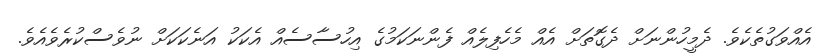
އެއްވަގުތެކެވެ. ދެމީހުންނަށް ދެގޮތަށް އެއް މެހެފިލެއް ފެންނަކަމުގެ އިހުސާސެއް އެކަކު އަނެކަކަށް ނުވެސްކުރެވެއެވެ.